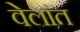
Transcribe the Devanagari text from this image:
वेलांत